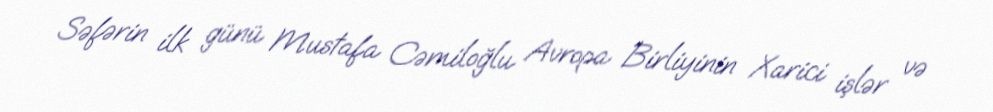
Səfərin ilk günü Mustafa Cəmiloğlu Avropa Birliyinin Xarici işlər və